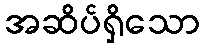
အဆိပ်ရှိသော